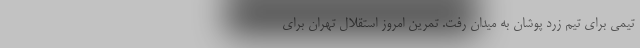
تیمی برای تیم زرد پوشان به میدان رفت. تمرین امروز استقلال تهران برای